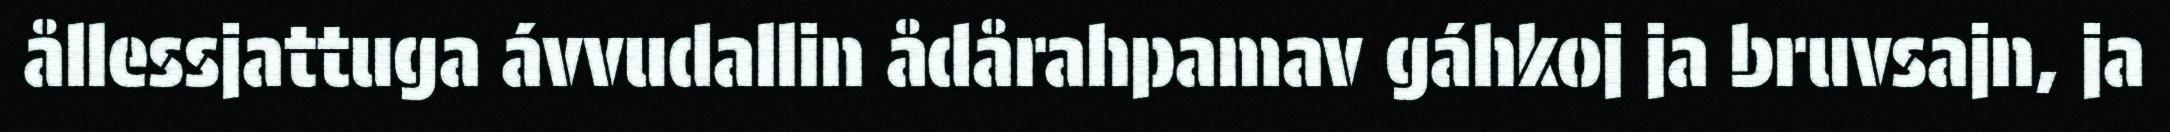
ållessjattuga ávvudallin ådårahpamav gáhkoj ja bruvsajn, ja